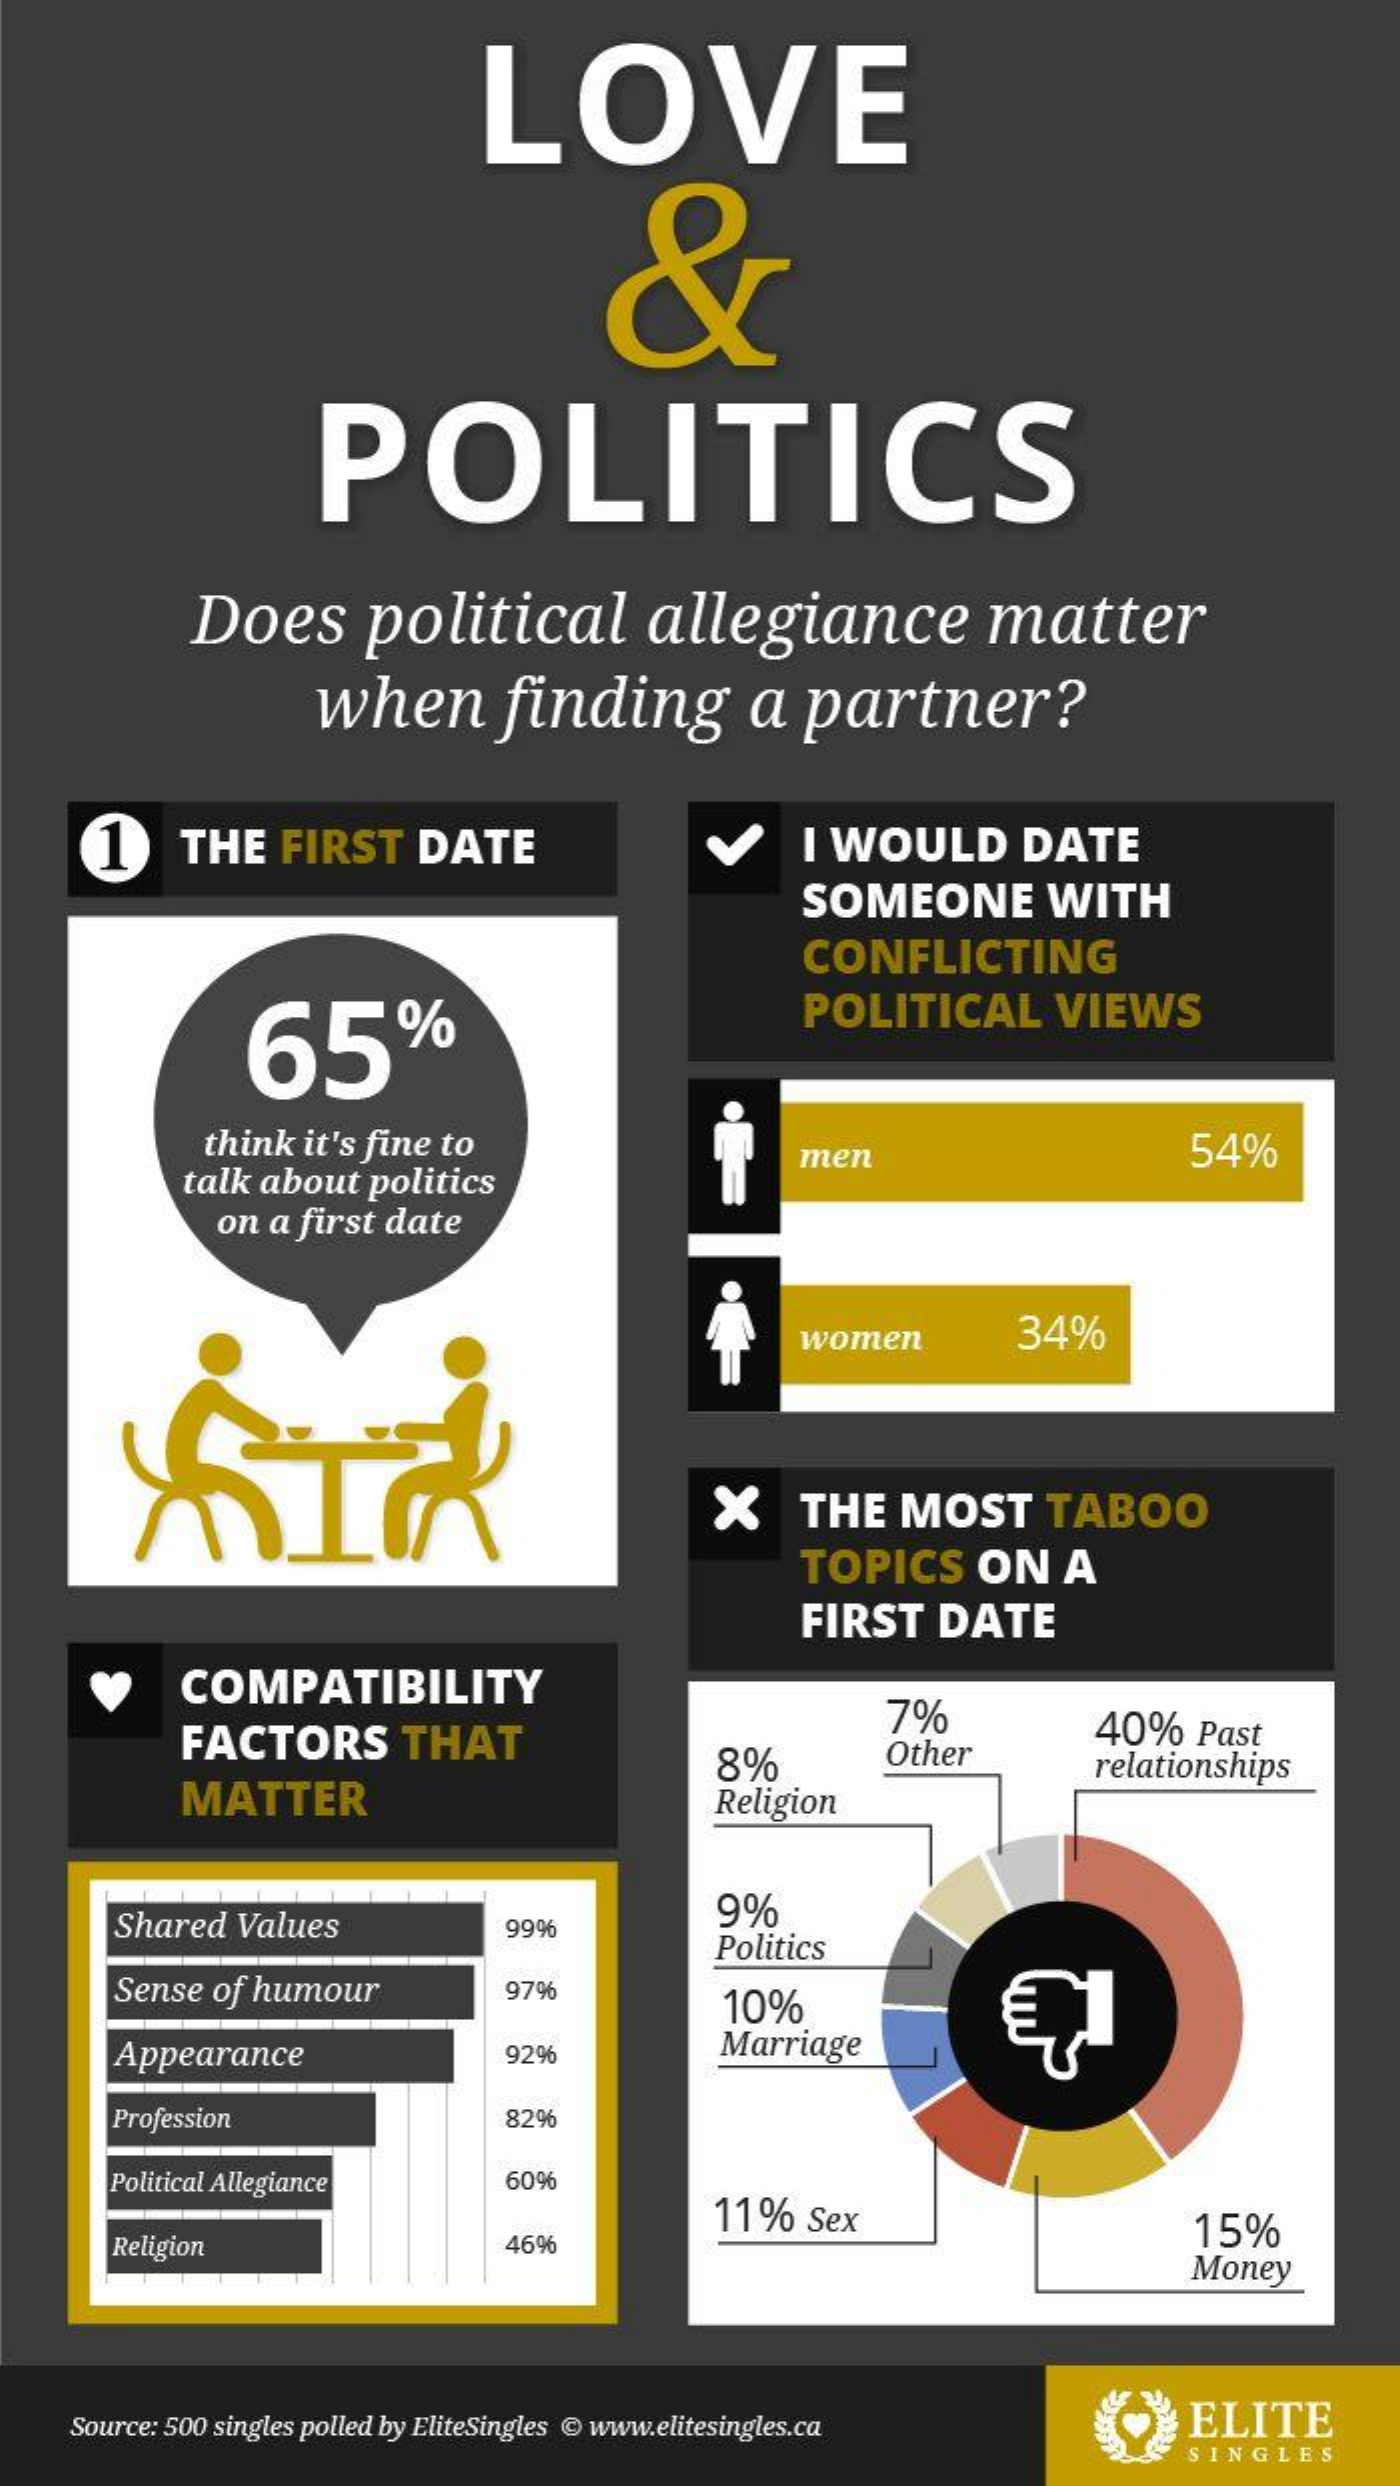
LOVE
     &
     POLITICS
     Does    political    allegiance    matter
     when    finding    a  partner?
     1   THE  FIRST  DATE    I WOULD   DATE
     SOMEONE    WITH
     CONFLICTING
     65%
     POLITICAL   VIEWS
     think it's fine to
     talk about politics
     men    54%
     on a first date
     women    34%
     X    THE MOST    TABOO
     TOPICS  ON   A
     FIRST DATE
     COMPATIBILITY
     FACTORS    THAT
     7%
     Other
     40%  Past
     MATTER
     8%    relationships
     Religion
     Shared Values    9%
     99%
     Politics
     Sense of humour    97%
     10%
     Appearance    92%    Marriage
     Profession    82%
     Political Allegiance 60%
     11% Sex
     Religion    46%
     15%
     Money
    Source: 500 singles polled by EliteSingles @ www.elitesingles.ca ELITE
     SINGLES